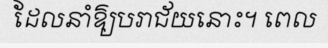
ដែលនាំឱ្យបរាជ័យនោះ។ ពេល